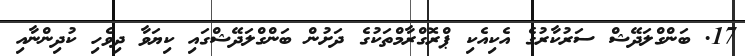
17. ބަންގްލަދޭޝް ސަރުކާރުގެ އެކިއެކި ޕްރޮގްރާމްތަކުގެ ދަށުން ބަންގްލަދޭޝްގައި ކިޔަވާ ދިވެހި ކުދިންނާއި